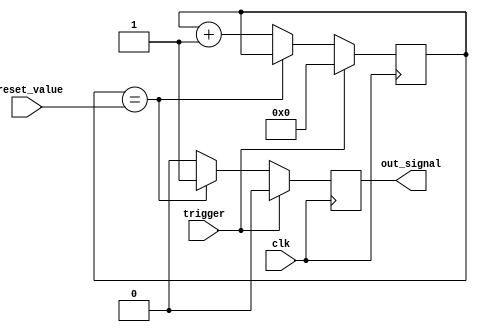
module one_shot_timer (
    input trigger,
    input [7:0] preset_value,
    input clk,
    output reg out_signal
);

reg [7:0] counter;

always @(posedge clk) begin
    if (trigger) begin
        counter <= 8'b0;
        out_signal <= 1'b0;
    end else begin
        if (counter == preset_value) begin
            out_signal <= 1'b1;
        end else begin
            out_signal <= 1'b0;
            counter <= counter + 1;
        end
    end
end

endmodule